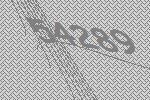
54289